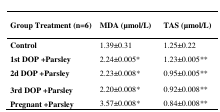
<table><thead><tr><td><b>Group Treatment (n=6)</b></td><td><b>MDA (μmol/L)</b></td><td><b>TAS (μmol/L)</b></td></tr></thead><tbody><tr><td>Control</td><td>1.39±0.31</td><td>1.25±0.22</td></tr><tr><td>1st DOP +Parsley</td><td>2.24±0.005*</td><td>1.23±0.005**</td></tr><tr><td>2d DOP +Parsley</td><td>2.23±0.008*</td><td>0.95±0.005**</td></tr><tr><td>3rd DOP +Parsley</td><td>2.20±0.008*</td><td>0.92±0.008**</td></tr><tr><td>Pregnant +Parsley</td><td>3.57±0.008*</td><td>0.84±0.008**</td></tr></tbody></table>